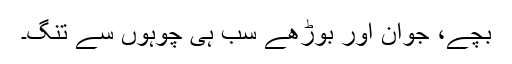
بچے، جوان اور بوڑھے سب ہی چوہوں سے تنگ۔